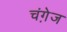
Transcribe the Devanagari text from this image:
चंगे़ज